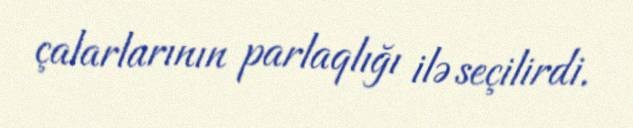
çalarlarının parlaqlığı ilə seçilirdi.